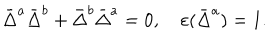
\bar { \Delta } ^ { a } \bar { \Delta } ^ { b } + \bar { \Delta } ^ { b } \bar { \Delta } ^ { a } = 0 , \quad \varepsilon ( \bar { \Delta } ^ { a } ) = 1 .